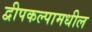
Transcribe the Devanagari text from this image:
द्वीपकल्पामधील